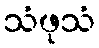
သံဖုသံ